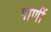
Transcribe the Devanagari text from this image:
गाणीं